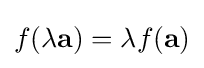
{\textstyle f(\lambda \mathbf {a} )=\lambda f(\mathbf {a} )}